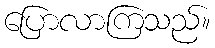
ပြောလာကြသည်။